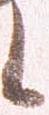
候